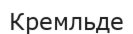
Кремльде